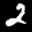
Label: 2